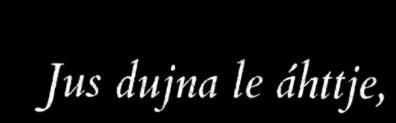
Jus dujna le áhttje,